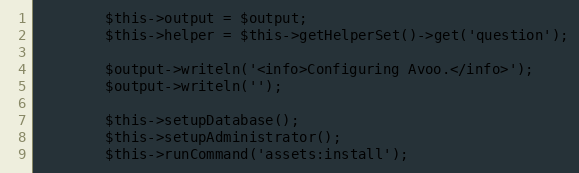
Language: PHP
        $this->output = $output;
        $this->helper = $this->getHelperSet()->get('question');

        $output->writeln('<info>Configuring Avoo.</info>');
        $output->writeln('');

        $this->setupDatabase();
        $this->setupAdministrator();
        $this->runCommand('assets:install');